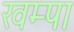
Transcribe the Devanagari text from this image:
खम्पा